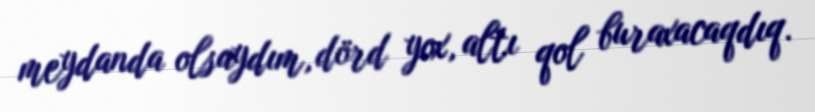
meydanda olsaydım, dörd yox, altı qol buraxacaqdıq.